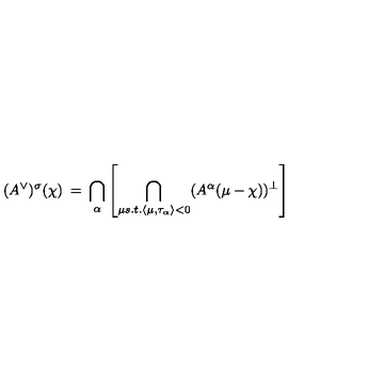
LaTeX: ( A ^ { \vee } ) ^ { \sigma } ( \chi ) \: = \: \bigcap _ { \alpha } \left[ \bigcap _ { \mu s . t . \langle \mu , \tau _ { \alpha } \rangle < 0 } ( A ^ { \alpha } ( \mu - \chi ) ) ^ { \perp } \right]